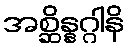
အစ္ဆိန္နဂ္ဂါနိ